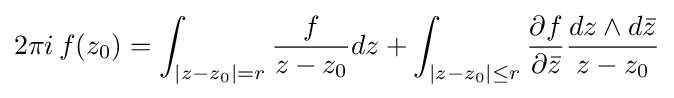
2\pi i\,f(z_{0})=\int _{|z-z_{0}|=r}{\frac {f}{z-z_{0}}}dz+\int _{|z-z_{0}|\leq r}{\frac {\partial f}{\partial {\bar {z}}}}{\frac {dz\wedge d{\bar {z}}}{z-z_{0}}}